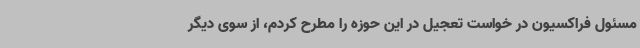
مسئول فراکسیون در خواست تعجیل در این حوزه را مطرح کردم، از سوی دیگر